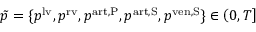
\tilde { p } = \{ p ^ { \mathrm { l v } } , p ^ { \mathrm { r v } } , p ^ { \mathrm { a r t , P } } , p ^ { \mathrm { a r t , S } } , p ^ { \mathrm { v e n , S } } \} \in \left( 0 , T \right]